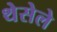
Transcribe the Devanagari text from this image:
थेसेले